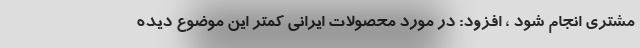
مشتری انجام شود ، افزود: در مورد محصولات ایرانی کمتر این موضوع دیده